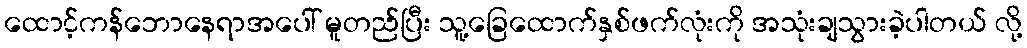
ထောင့်ကန်ဘောနေရာအပေါ် မူတည်ပြီး သူ့ခြေထောက်နှစ်ဖက်လုံးကို အသုံးချသွားခဲ့ပါတယ် လို့